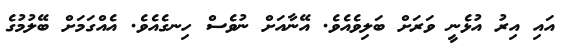
އައި އިރު އުޅެނީ ވަރަށް ބަލިވެއެވެ. އޭނާއަށް ނުވެސް ހިނގެއެވެ. އެއްގަމަށް ބޭލުމުގެ